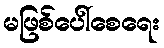
မဖြစ်ပေါ်စေရေး